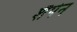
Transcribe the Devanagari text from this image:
शैपेन